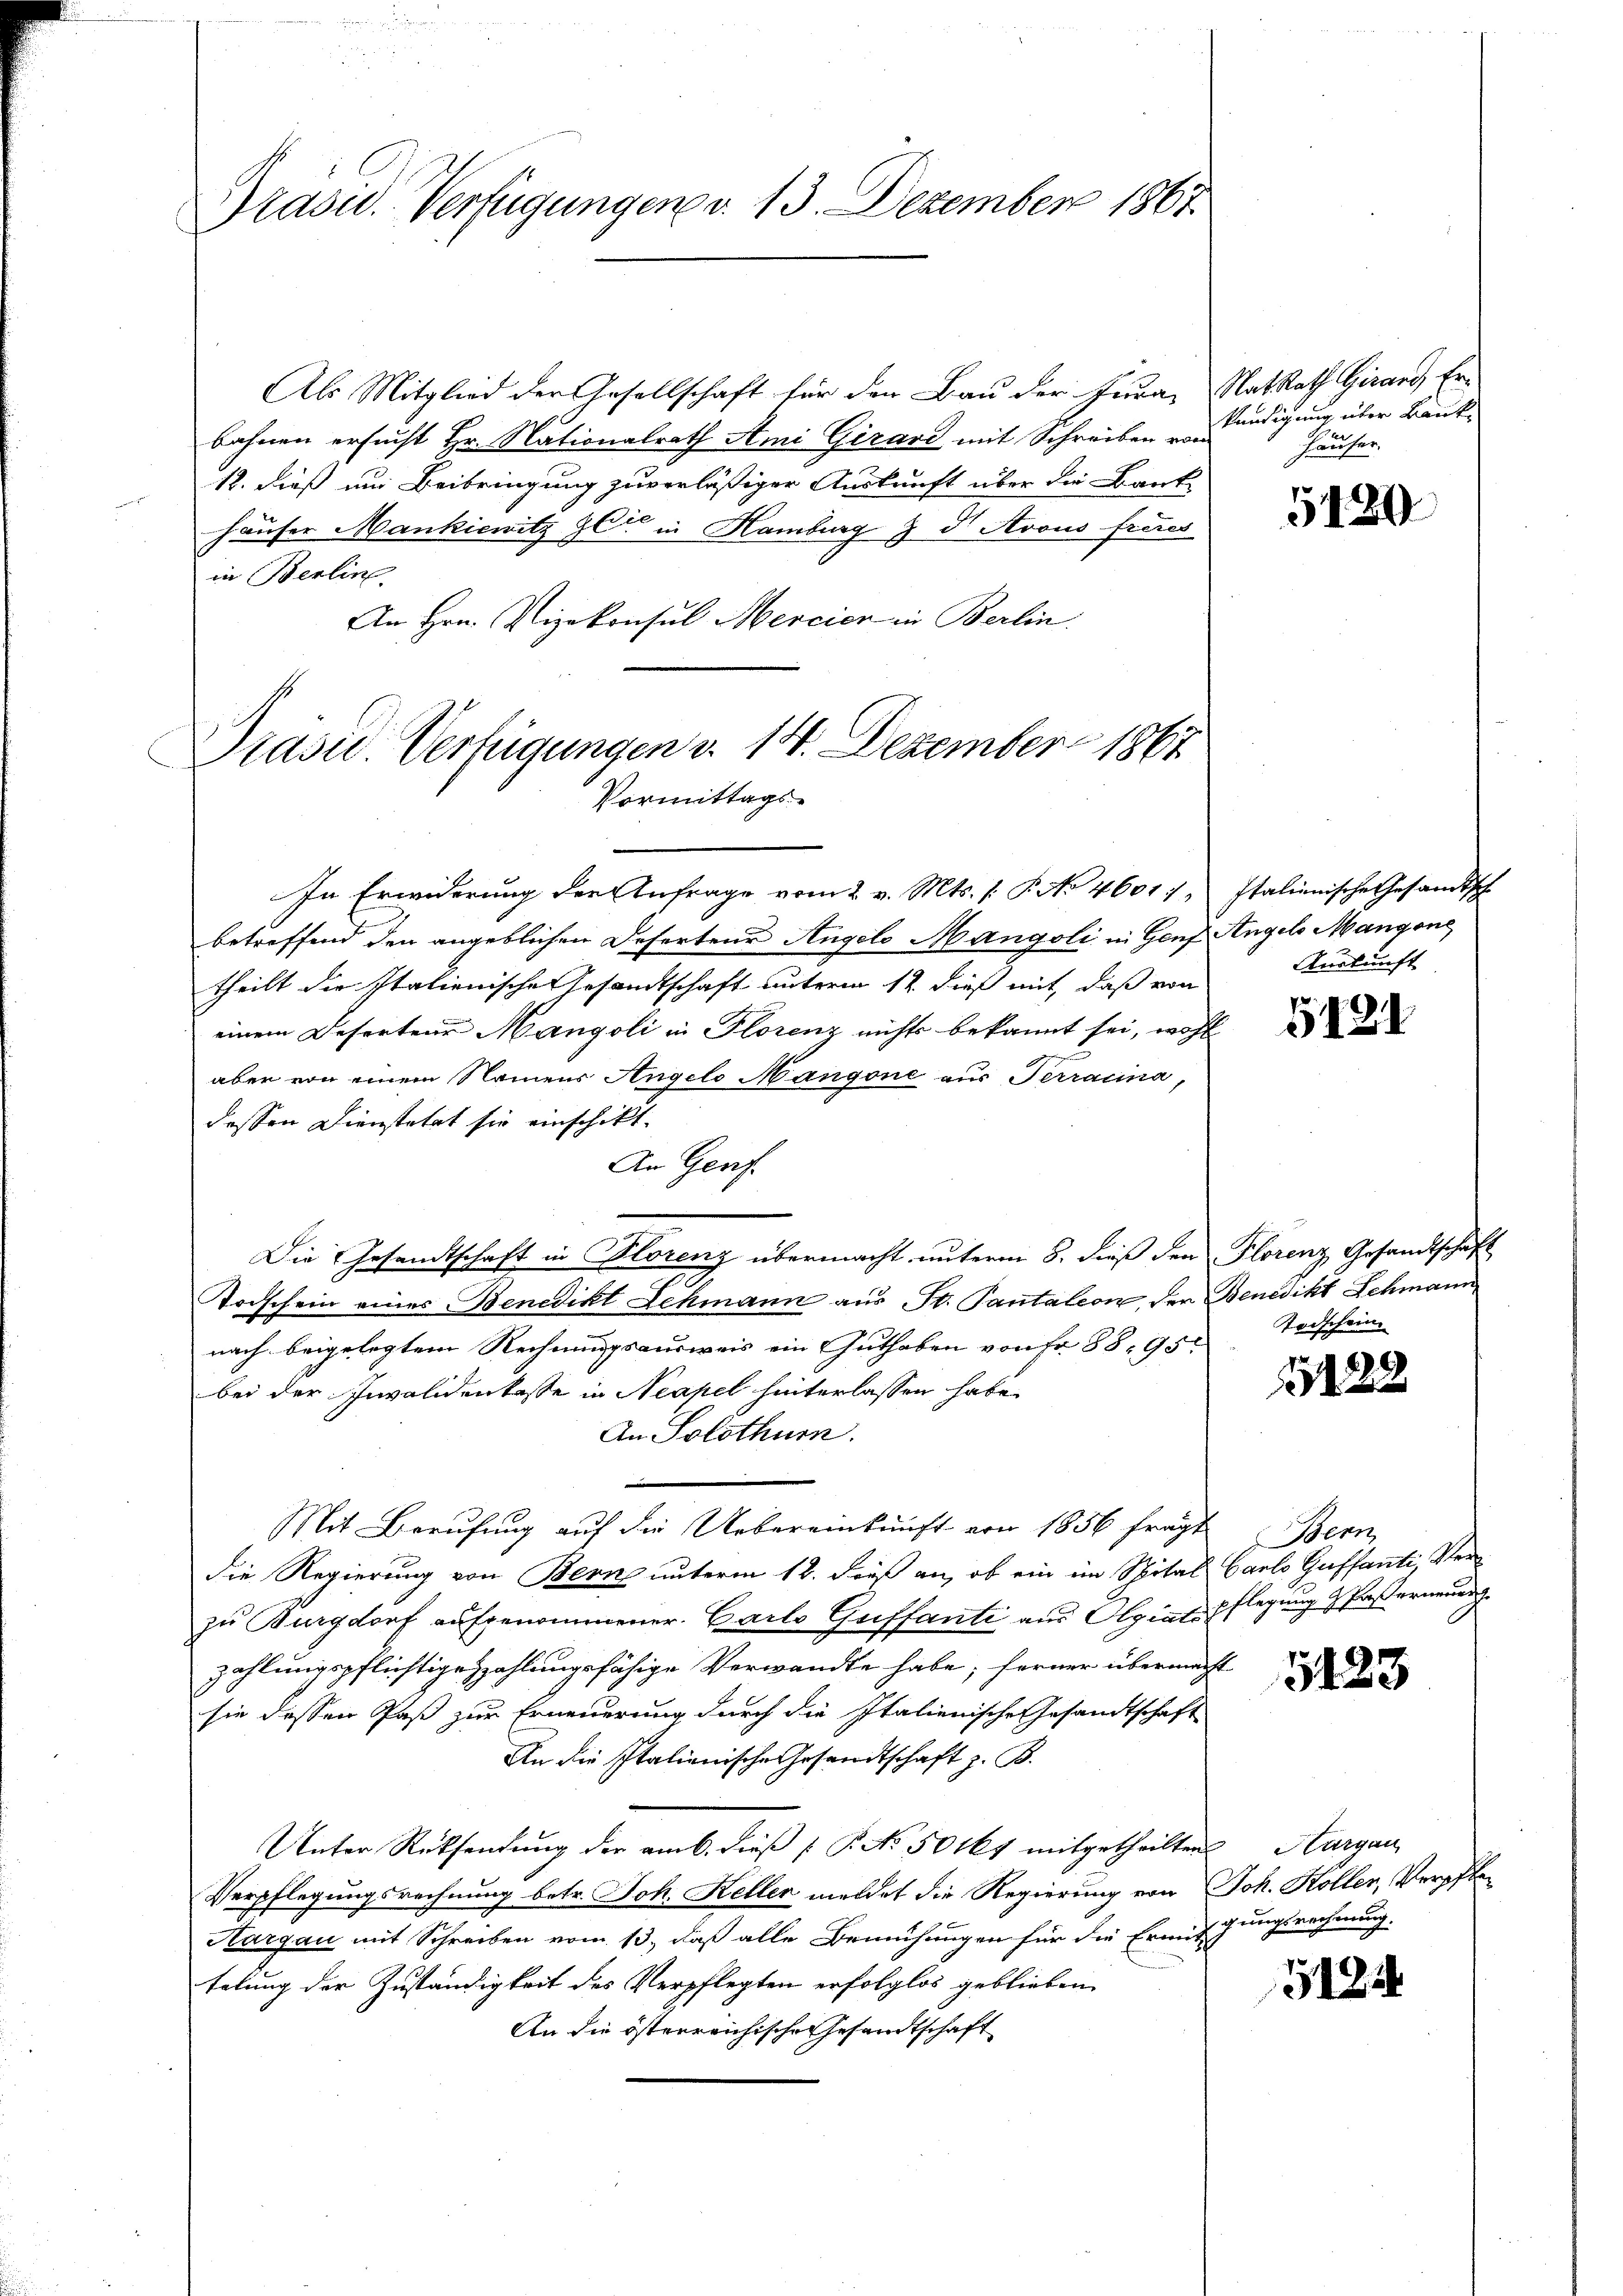
Präsid. Verfügungen v. 13. Dezember 1865.

Präsid. Verfügungen v. 14. Dezember 1861
Vormittags-

Als Mitglied der Gesellschaft für den Bau der Jura, NatRath Girard, Erbahnen ersucht Hr. Nationalrath Ami Girard mit Schreiben von
12. dieß um Beibringung zuverläßiger Auskunft über die Bank-
häuser Mankiewitz alt in Hamburg & d Avous freies
in Berlin
An Hrn. Vizekonsul Mercier in Berlin.

In Erwiderung der Anfrage vom 2. v. Mts. (: P. No 46017, Italienische Gesandtsch

kündigung über Bauk
häuser.

betreffend den angeblichen Deserteur Angelo Mangoli in Genf Angels Mangone
theilt die Italienische Gesandtschaft unterm 12. dieß mit, daß von
einem Referten Mangoli in Florenz nichts bekannt sei, wohl
aber von einem Namens Angelo Mangone aus Terracina,
dessen Dienstetet sie einschikt.
An Geric
Die Gesandtschaft in Florenz übermacht unterm 8. dieß den Florenz Gesandtschaft
Todschein eines Benedikt Schmann aus St. Pantaleon, der Benedikt Schmann
nach beigelegtem Rechnungsausweis ein Guthaben von fr. 88, 95
bei der Invalidenkasse in Neapel hinterlassen habe.
An Solothur.
Mit Berufung auf die Uebereinkunft von 1856 fragt
die Regierung von Bern unterm 18. dieß an, ob ein im Spital Carlo Gustanti Verzu Burgdorf aufgenommener. Carlo Gustanti aus Olgiat Pflegung Paserneuer
zahlungspflichtige Zahlungsfähige Verwandte habe; ferner übermacht
sie dessen Paß zur Erneuerung durch die Italienische Gesandtschaft
An die Italienische Gesandtschaft z. B.
Unter Rücksendung der am 6. dieß P. No. 50 M. mitgetheilten Aargau
Verpflegungsrechnung betr. Joh. Keller meldet die Regierung von Joh. Kollen, Verpfle¬
Hargau mit Schreiben vom 13., daß alle Bemühungen für die Ermitzungsrechnung.
telung der Zuständigkeit des Verpflegten erfolglos geblieben
An die österreichische Gesandtschaft

5120

Auskunft

5121

Todschein.

15122

Bern,

5123

1514